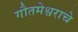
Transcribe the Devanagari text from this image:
गौतमेश्वराचे